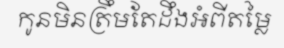
កូនមិនត្រឹមតែដឹងអំពីតម្លៃ